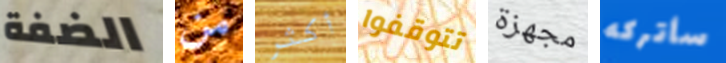
الضفة من أكثر تتوقفوا مجهزة سأتركه